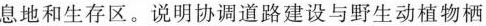
息地和生存区。说明协调道路建设与野生动植物栖